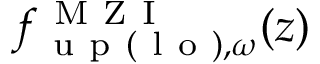
{ f } _ { \mathrm { ~ u ~ p ~ } ( \mathrm { ~ l ~ o ~ } ) , \omega } ^ { \mathrm { ~ M ~ Z ~ I ~ } } ( z )